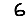
Digit: 6